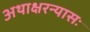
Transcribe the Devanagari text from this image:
अथाक्षरन्यासः